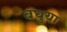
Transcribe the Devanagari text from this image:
बघुया